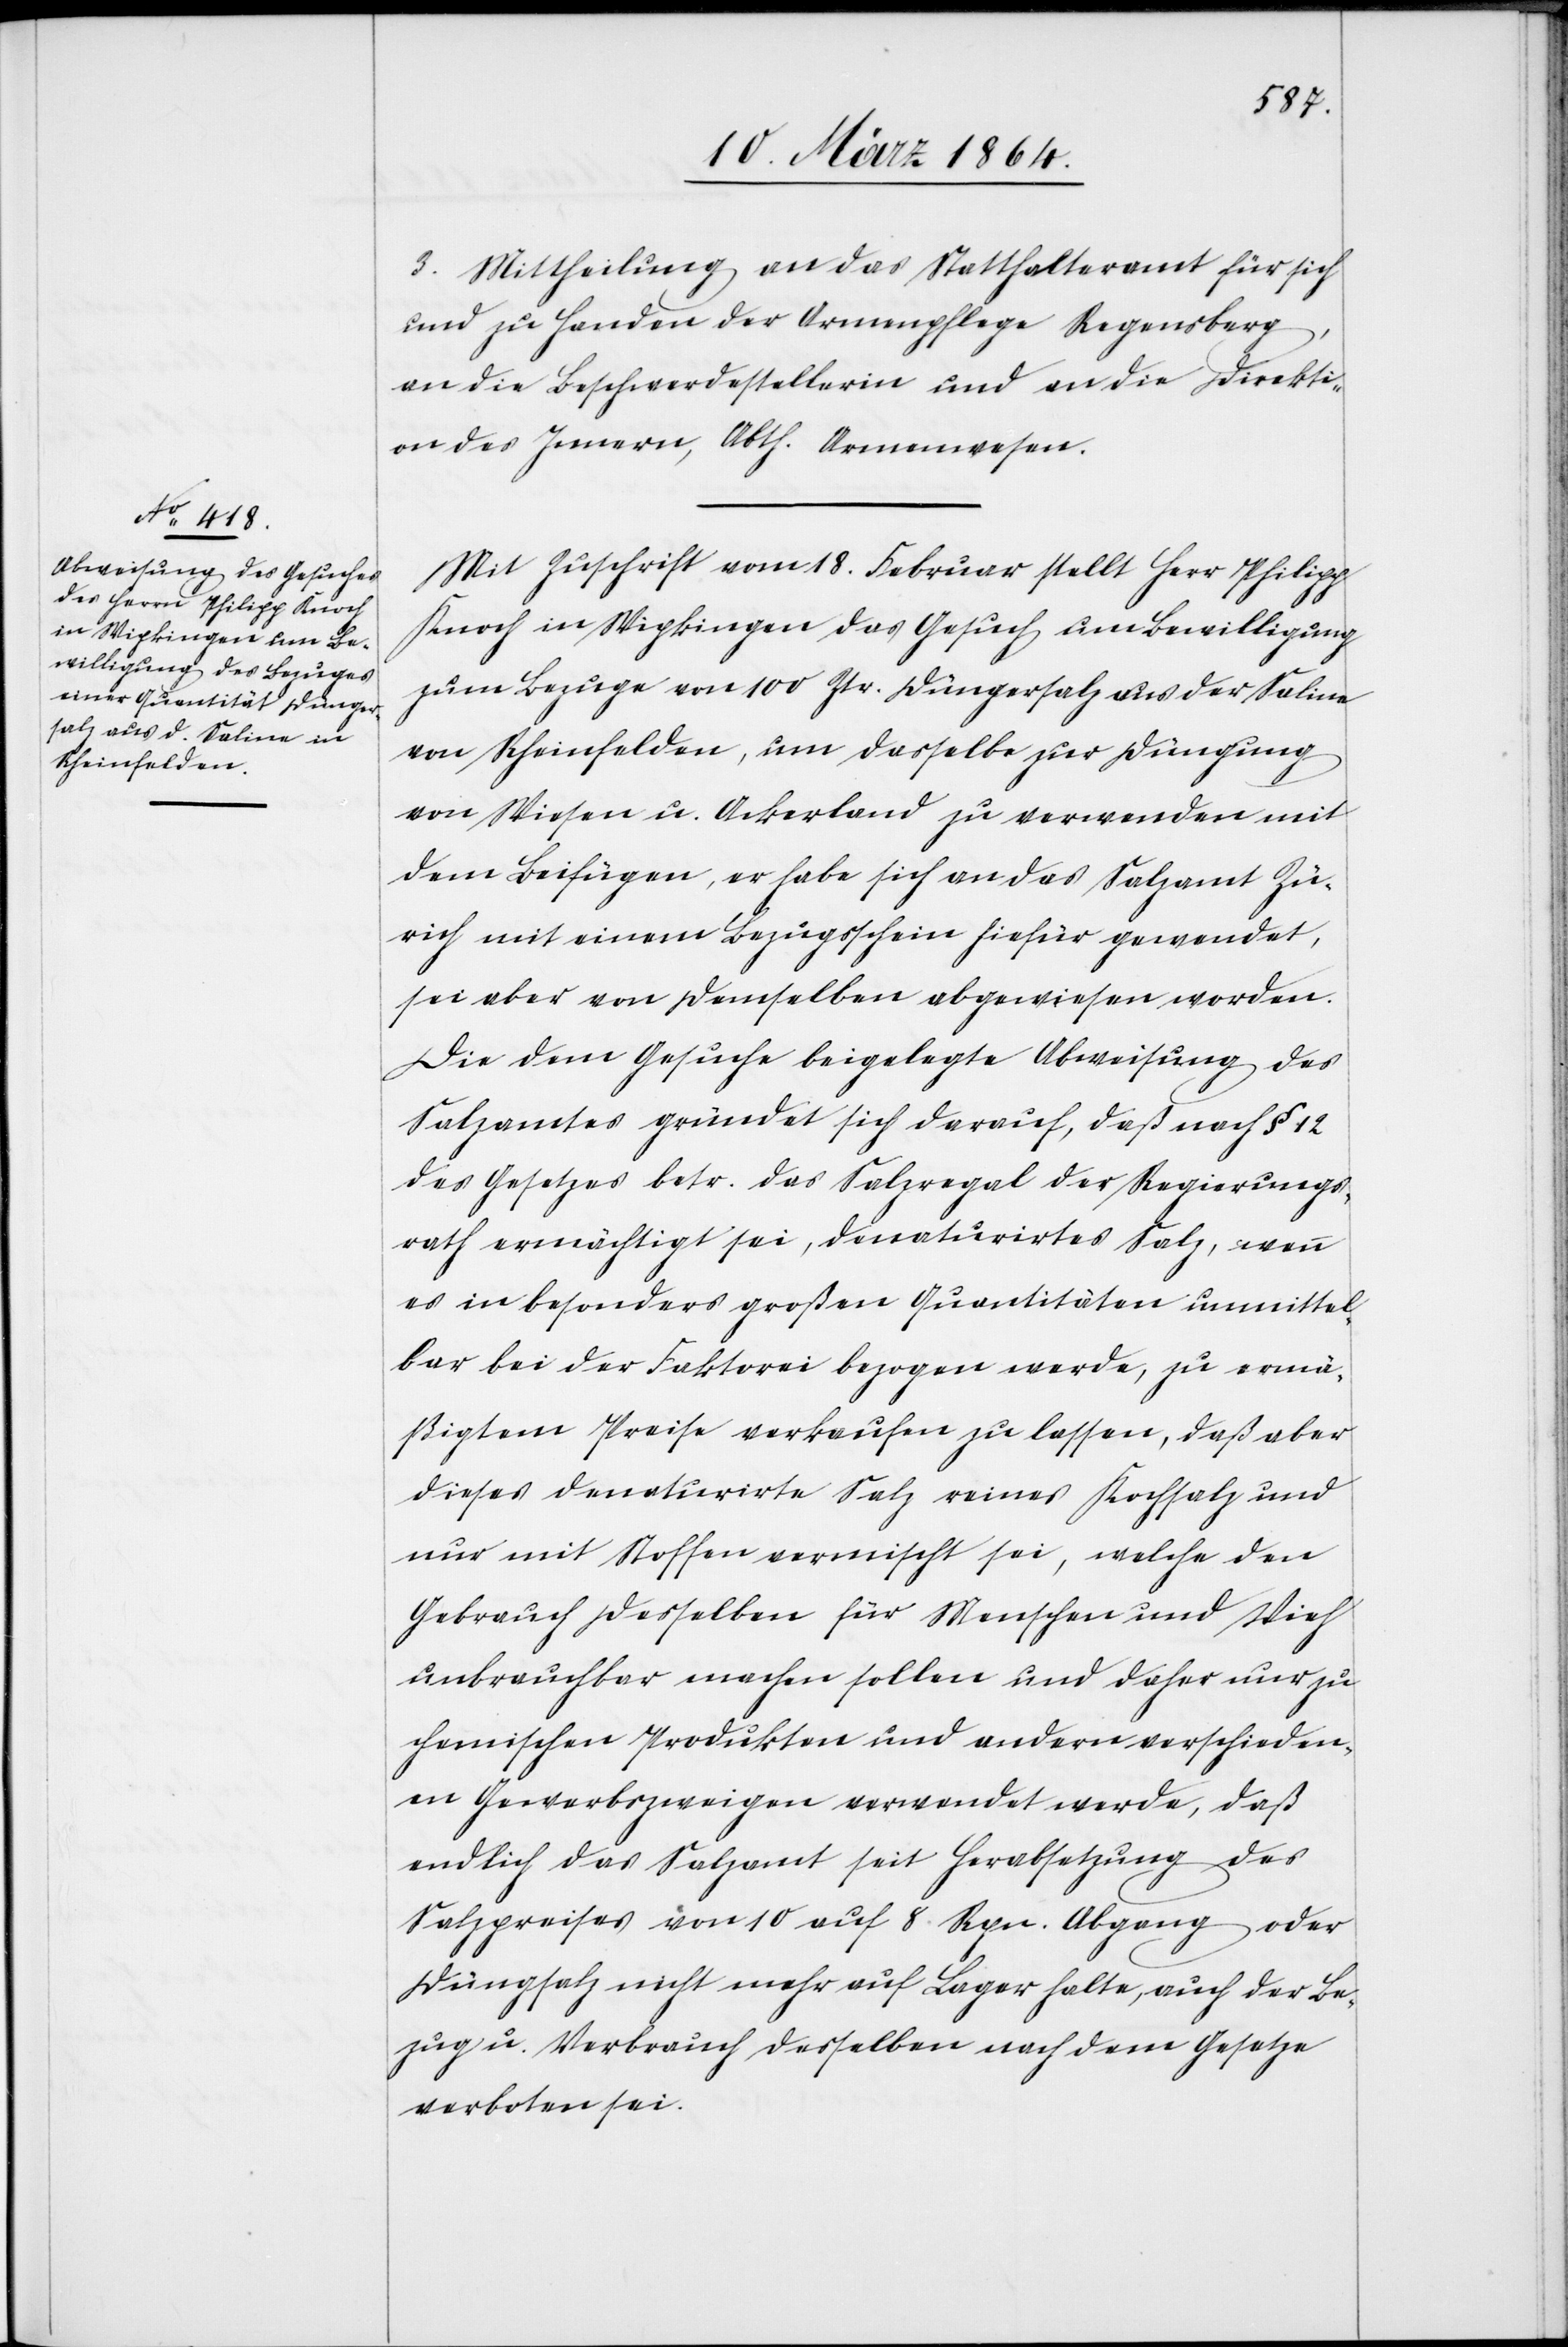
3. Mittheilung an das Statthalteramt für sich
und zu Handen der Armenpflege Regensberg,
an die Beschwerdestellerin und an die Direkti¬
on des Innern, Abth. Armenwesen.
Mit Zuschrift vom 18. Februar stellt Herr Philipp
Knoch in Wipkingen das Gesuch um Bewilligung
zum Bezuge von 100 Ztr. Düngersalz aus der Saline
von Rheinfelden, um dasselbe zur Düngung
von Wiesen u. Ackerland zu verwenden mit
dem Beifügen, er habe sich an das Salzamt Zü¬
rich mit einem Bezugsschein hiefür gewendet,
sei aber von demselben abgewiesen worden.
Die dem Gesuche beigelegte Abweisung des
Salzamtes gründet sich darauf, daß nach § 12
des Gesetzes betr. das Salzregal der Regierungs¬
rath ermächtigt sei, denaturirtes Salz, wenn
es in besonders großen Quantitäten unmittel¬
bar bei der Faktorei bezogen werde, zu ermä¬
ßigtem Preise verkaufen zu lassen, daß aber
dieses denaturirte Salz reines Kochsalz und
nur mit Stoffen vermischt sei, welche den
Gebrauch desselben für Menschen und Vieh
unbrauchbar machen sollen und daher nur zu
chemischen Produkten und andern verschieden¬
en Gewerbszweigen verwendet werde, daß
endlich das Salzamt seit Herabsetzung des
Salzpreises von 10 auf 8 Rpn. Abgang oder
Düngsalz nicht mehr auf Lager halte, auch der Be¬
zug u. Verbrauch desselben nach dem Gesetze
verboten sei.